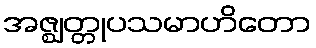
အဇ္ဈတ္တုပသမာဟိတော